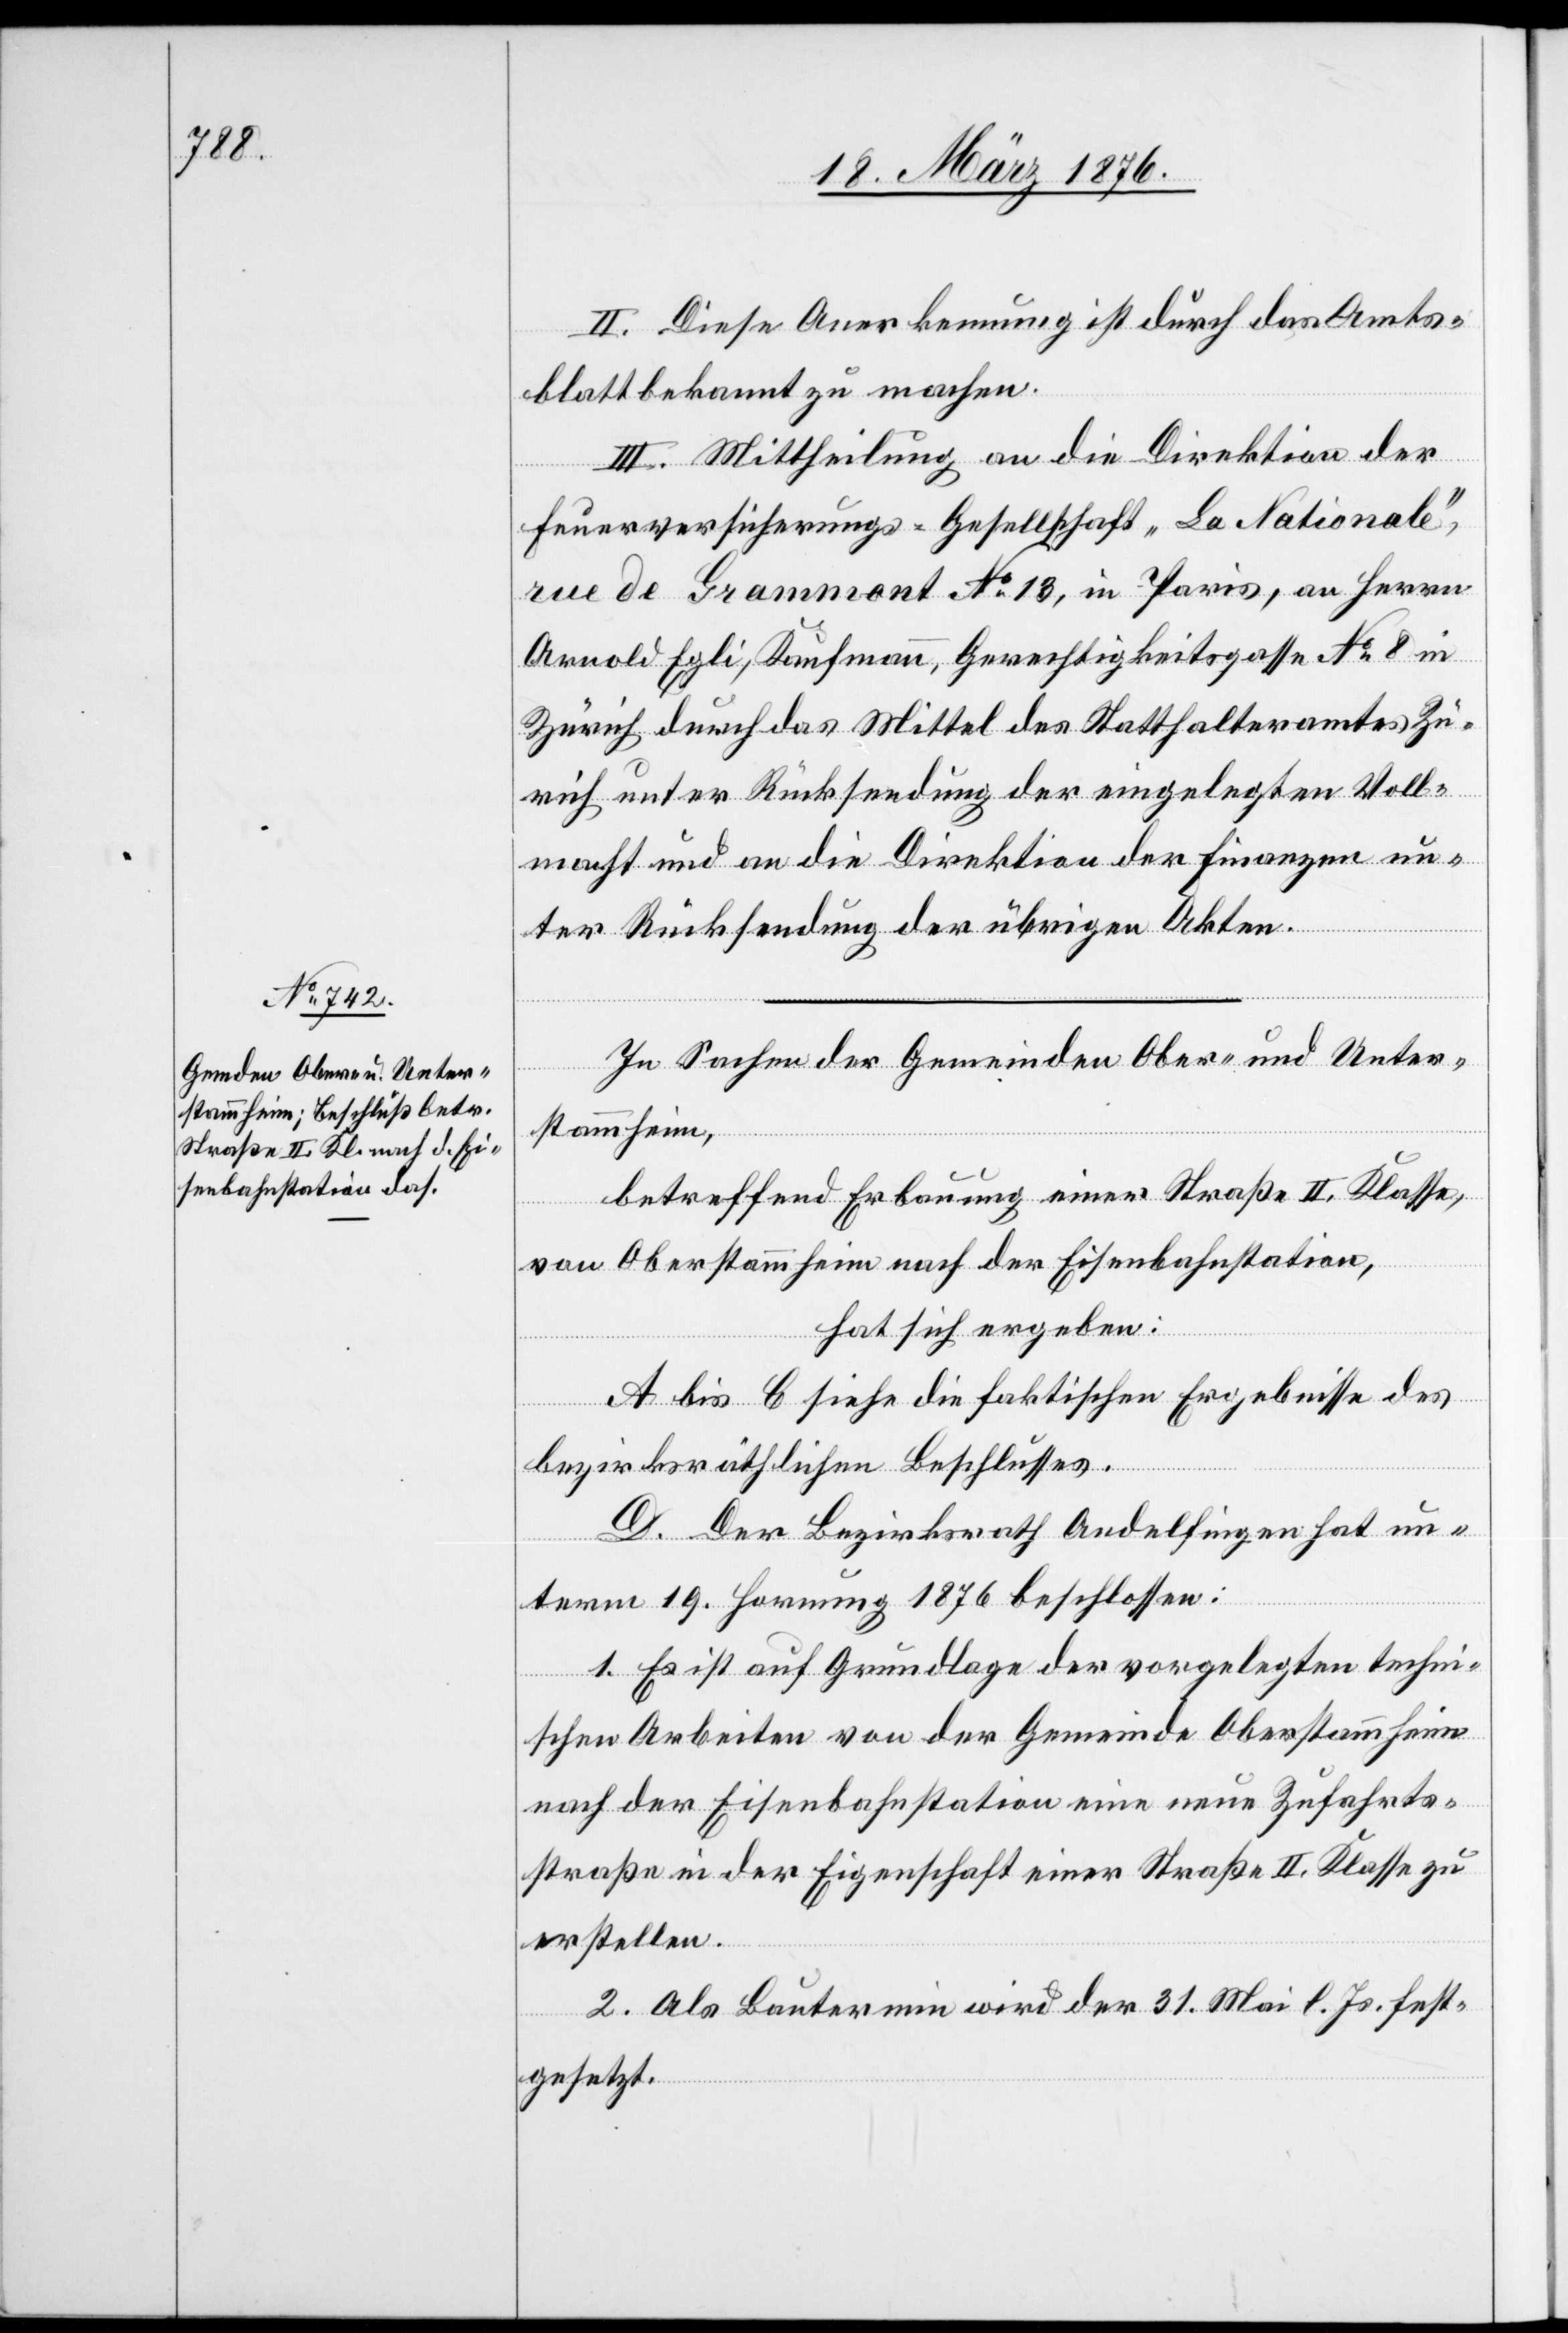
II. Diese Anerkennung ist durch das Amts¬
blatt bekannt zu machen.
III. Mittheilung an die Direktion der
Finanzversicherungs-Gesellschaft „La Nationale“,
rue de Grammont No 13, in Paris, an Herrn
Arnold Egli, Kaufmann, Gerechtigkeitsgasse No 8 in
Zürich durch das Mittel des Statthalteramtes Zü¬
rich unter Rücksendung der eingelegten Voll¬
macht und an die Direktion der Finanzen un¬
ter Rücksendung der übrigen Akten.
In Sachen der Gemeinden Ober- und Unter¬
stammheim,
betreffend Erbauung einer Straße II. Klasse,
von Oberstammheim nach der Eisenbahnstation,
hat sich ergeben:
A bis C siehe die faktischen Ergebnisse des
bezirksräthlichen Beschlusses.
D. Der Bezirksrath Andelfingen hat un¬
term 19. Hornung 1876 beschlossen:
1. Es ist auf Grundlage der vorgelegten techni¬
schen Arbeiten von der Gemeinde Oberstammheim
nach der Eisenbahnstation eine neue Zufahrts¬
straße in der Eigenschaft einer Straße II. Klasse zu
erstellen.
2. Als Bautermin wird der 31. Mai l. Js. fest¬
gesetzt.